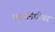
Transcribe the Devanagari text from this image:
मदतनिधीवर